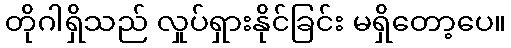
တိုဂါရှိသည် လှုပ်ရှားနိုင်ခြင်း မရှိတော့ပေ။